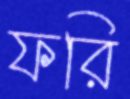
ফরি